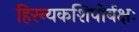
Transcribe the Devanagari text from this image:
हिरन्यकशिपोर्बक्षः